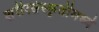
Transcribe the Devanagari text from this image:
शरीरसंस्कृतीमध्ये